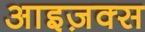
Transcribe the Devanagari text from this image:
आइज़क्स